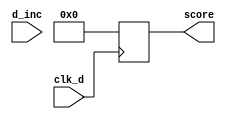
`timescale 1ns / 1ps
//////////////////////////////////////////////////////////////////////////////////
// Company: 
// Engineer: 
// 
// Design Name: 
// Module Name: score_box
// Project Name: 
// Target Devices: 
// Tool Versions: 
// Description: 
// 
// Dependencies: 
// 
// Revision:
// Revision 0.01 - File Created
// Additional Comments:
// 
//////////////////////////////////////////////////////////////////////////////////


module score_box(
     input clk_d,
    input d_inc,      // Input to increment score (1-bit)
    output reg [3:0] score  // Output score (4 bits to represent 0 to 9)
);

//    always @(posedge d_inc) begin
//        if (score < 9) begin
//            score <= score + 1;
//        end
//        end
always @(posedge clk_d) begin
score <= 4'h0;
    end

endmodule